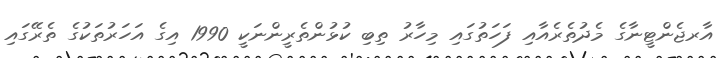
އާރޖެންޓީނާގެ މެދުތެރެއާއި ފަހަތުގައި މިހާރު ތިބި ކުޅުންތެރީންނަކީ 1990 އިގެ އަހަރުތަކުގެ ތެރޭގައި